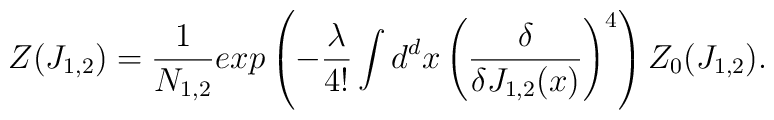
Z(J_{1,2})=\frac{1}{N_{1,2}}exp\left(-\frac{\lambda}{4!}\int d^{d}x\left(\frac{\delta}{\delta J_{1,2}(x)}\right)^{4}\right)Z_{0}(J_{1,2}).